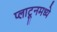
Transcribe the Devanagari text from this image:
प्लाटूनमध्ये